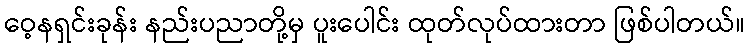
ဝေ့နရှင်းခုန်း နည်းပညာတို့မှ ပူးပေါင်း ထုတ်လုပ်ထားတာ ဖြစ်ပါတယ်။